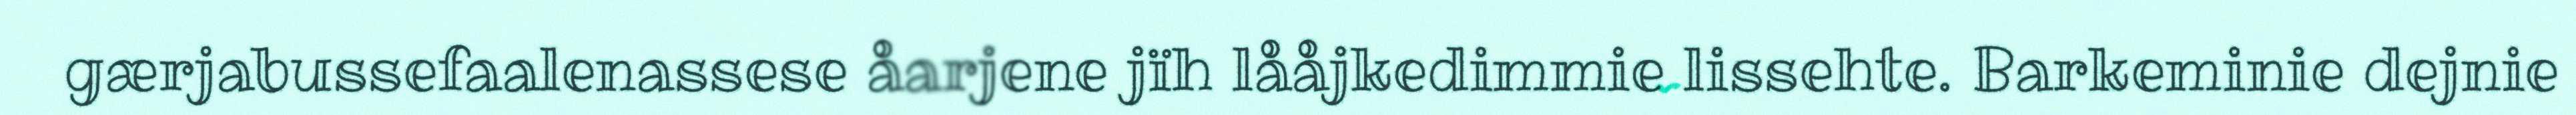
gærjabussefaalenassese åarjene jïh lååjkedimmie lissehte. Barkeminie dejnie